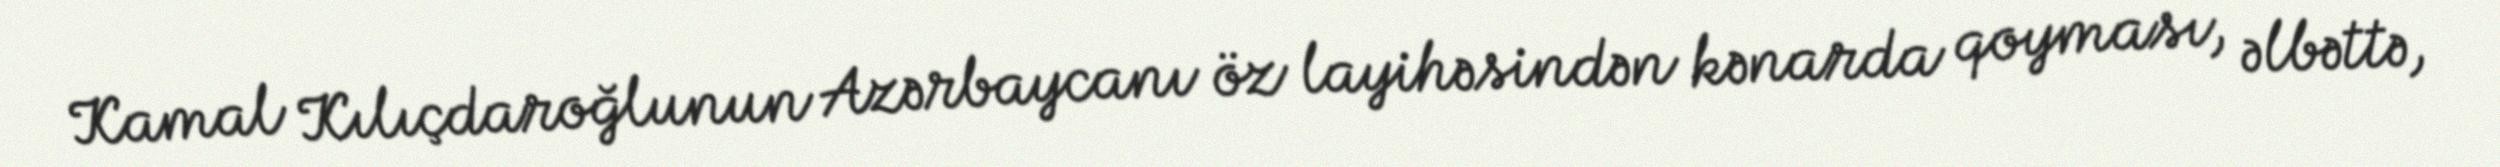
Kamal Kılıçdaroğlunun Azərbaycanı öz layihəsindən kənarda qoyması, əlbəttə,